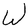
Character: W